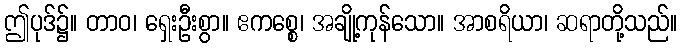
ဤပုဒ်၌။ တာဝ၊ ရှေးဦးစွာ။ ဧကစ္စေ၊ အချို့ကုန်သော။ အာစရိယာ၊ ဆရာတို့သည်။